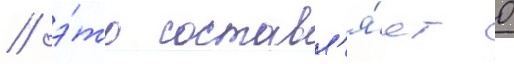
/ э́то составл'я́ет 0